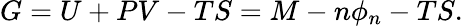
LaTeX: G=U+PV-TS=M-n\phi_{n}-TS.